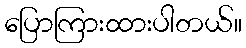
ပြောကြားထားပါတယ်။